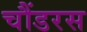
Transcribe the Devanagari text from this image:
चौंडरस